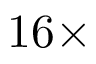
1 6 \times